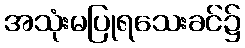
အသုံးမပြုရသေးခင်၌